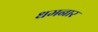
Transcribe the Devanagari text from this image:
धमनार